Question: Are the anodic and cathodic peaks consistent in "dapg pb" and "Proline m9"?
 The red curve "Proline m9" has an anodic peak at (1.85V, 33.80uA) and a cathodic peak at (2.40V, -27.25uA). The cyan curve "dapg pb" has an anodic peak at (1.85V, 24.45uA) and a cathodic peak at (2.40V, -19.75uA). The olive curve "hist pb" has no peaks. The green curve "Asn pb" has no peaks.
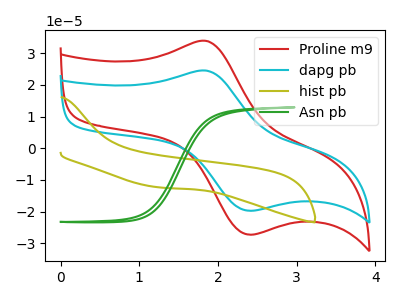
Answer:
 <answer>Yes, "dapg pb" have a peak in "Proline m9" at the same potential.</answer>
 <eval>match</eval>